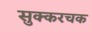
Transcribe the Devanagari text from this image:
सुक्करचक